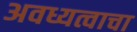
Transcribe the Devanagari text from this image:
अवध्यत्वाचा